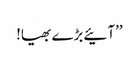
’’آئیے بڑے بھیا!